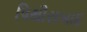
પિથૌરાબાદ